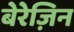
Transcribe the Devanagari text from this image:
बेरेज़िन